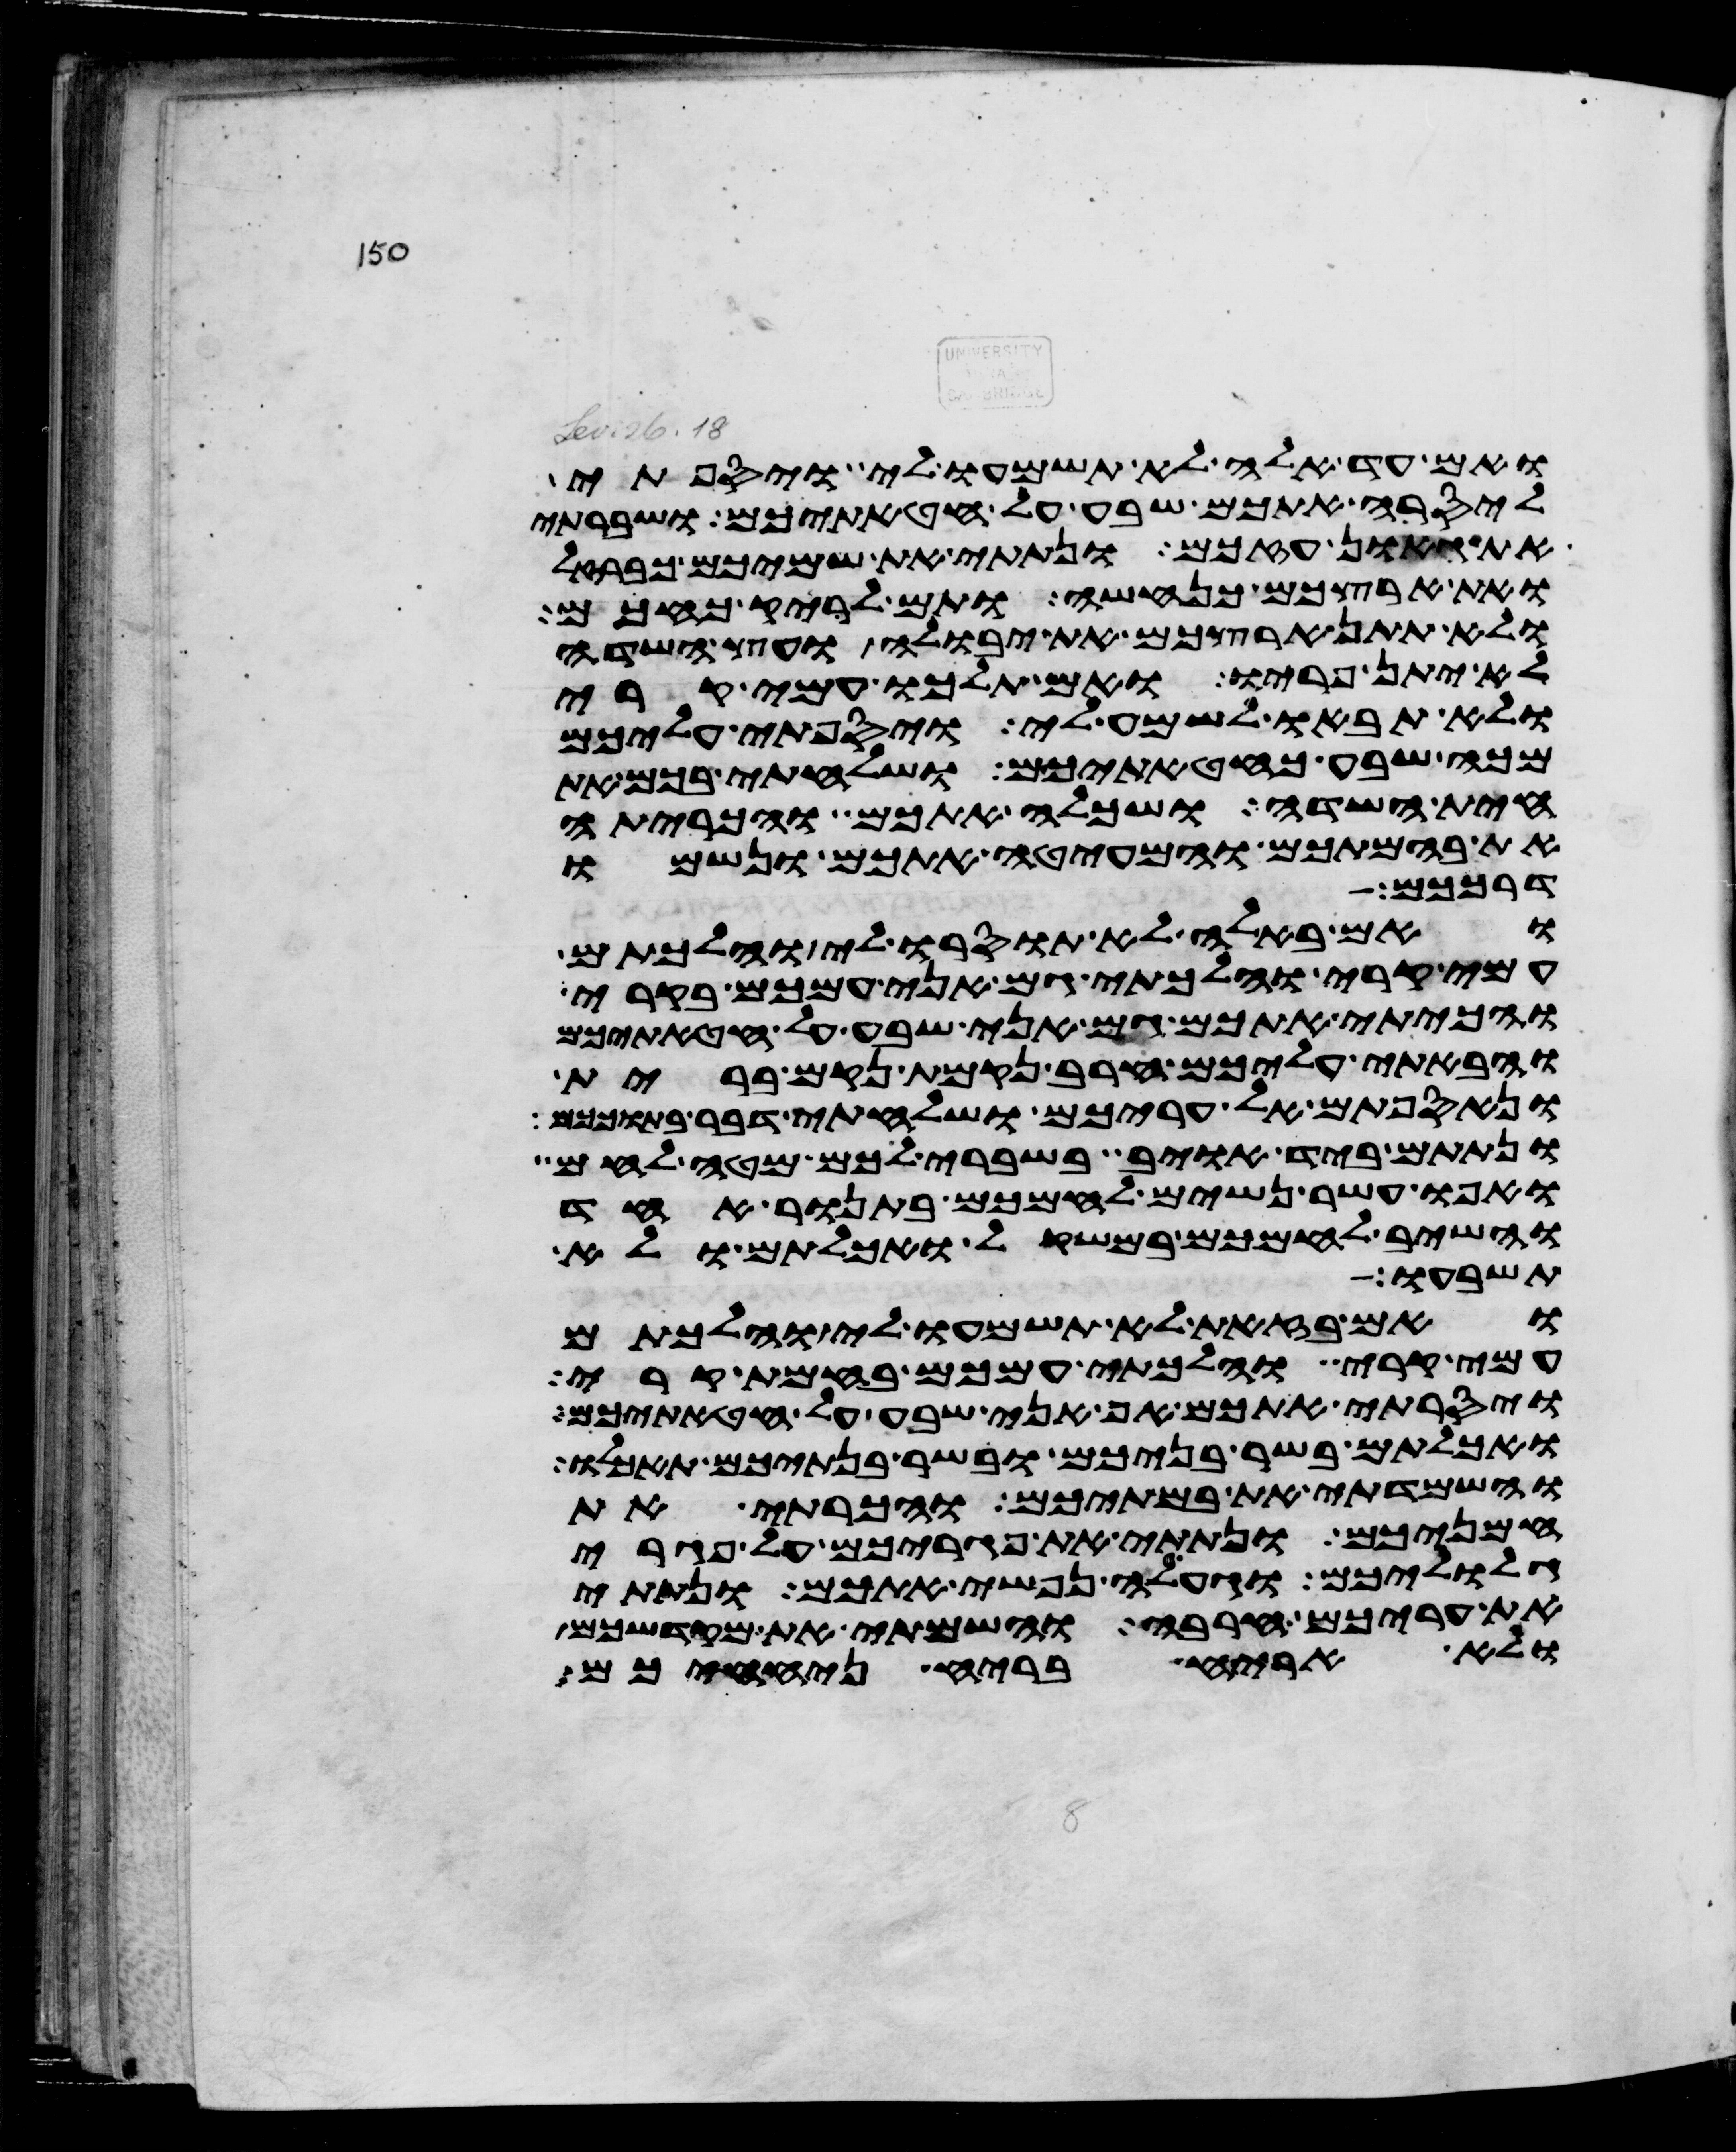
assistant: ואם עד אלה לא תשמעו לי ויספתי
ליסרה אתכם שבע על חטאתיכם ושברתי
את גאון עזכם ונתתי את שמיכם כברזל
ואת ארצכם כנחשה ותם לריק כחכם
ולא תתן ארצכם את יבולה ועץ השדה
לא יתן פריו ואם תלכו עמי קרי
ולא תבאו לשמע לי ויספתי עליכם
מכה שבע כחטאתיכם ושלחתי בכם את
חית השדה ושכלה אתכם והכריתה
את בהמתכם והמעיטה אתכם ונשמו
דרככם
ואם באלה לא תוסרו לי והלכתם
עמי קרי והלכתי גם אני עמכם בקרי
והכיתי אתכם גם אני שבע על חטאתיכם
והבאתי עליכם חרב נקמת נקם ברית
ונאספתם אל עריכם ושלחתי דבר בתוככם
ונתתם ביד אויב בשברי לכם מטה לחם
ואפו עשר נשים לחמכם בתנור אחד
והשיב לחמכם במשקול ואכלתם ולא
תשבעו
ואם בזאת לא תשמעו לי והלכתם
עמי קרי והלכתי עמכם בחמת קרי
ויסרתי אתכם אף אני שבע על חטאתיכם
ואכלתם בשר בניכם ובשר בנתיכם תאכלו
והשמדתי את במתיכם והכרתי את
חמניכם ונתתי את פגריכם על פגרי
גלוליכם וגעלה נפשי אתכם ונתתי
את עריכם חרבה והשמתי את מקדשכם
ולא אריח בריח ניחחכם